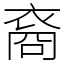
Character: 裔